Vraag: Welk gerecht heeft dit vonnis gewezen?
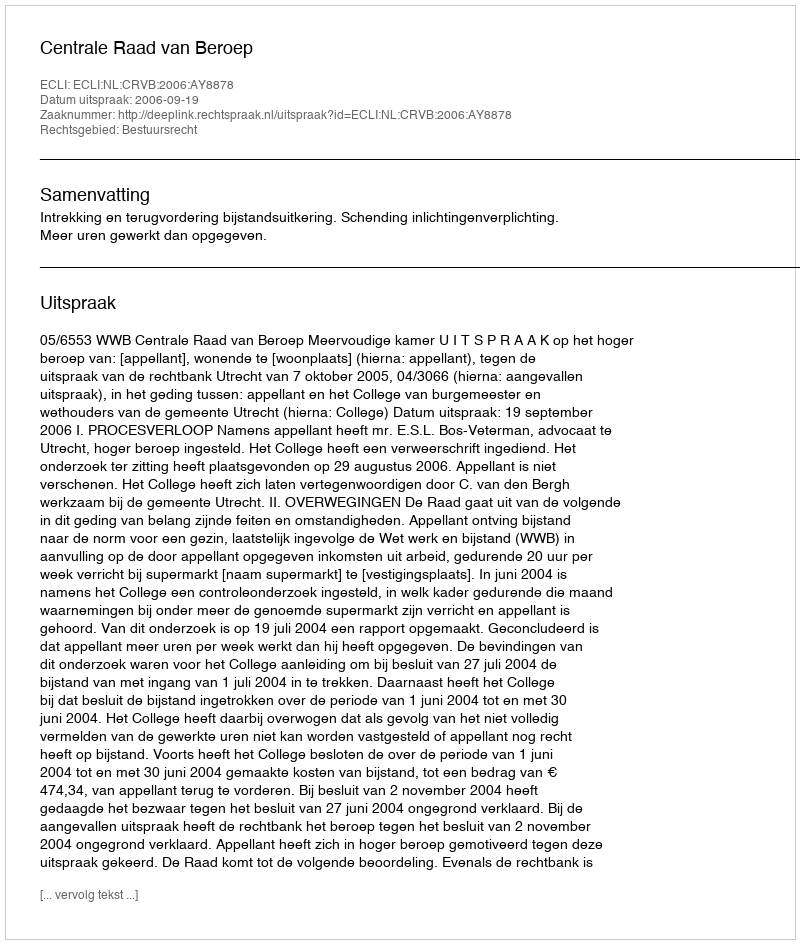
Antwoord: Centrale Raad van Beroep